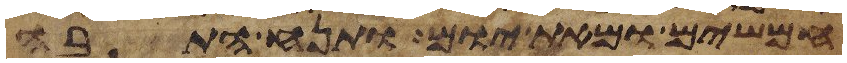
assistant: חמשים ומאת יום ותנח התבה